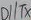
Text: D1/TX